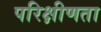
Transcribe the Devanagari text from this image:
परिक्षीणता